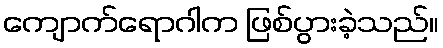
ကျောက်ရောဂါက ဖြစ်ပွားခဲ့သည်။